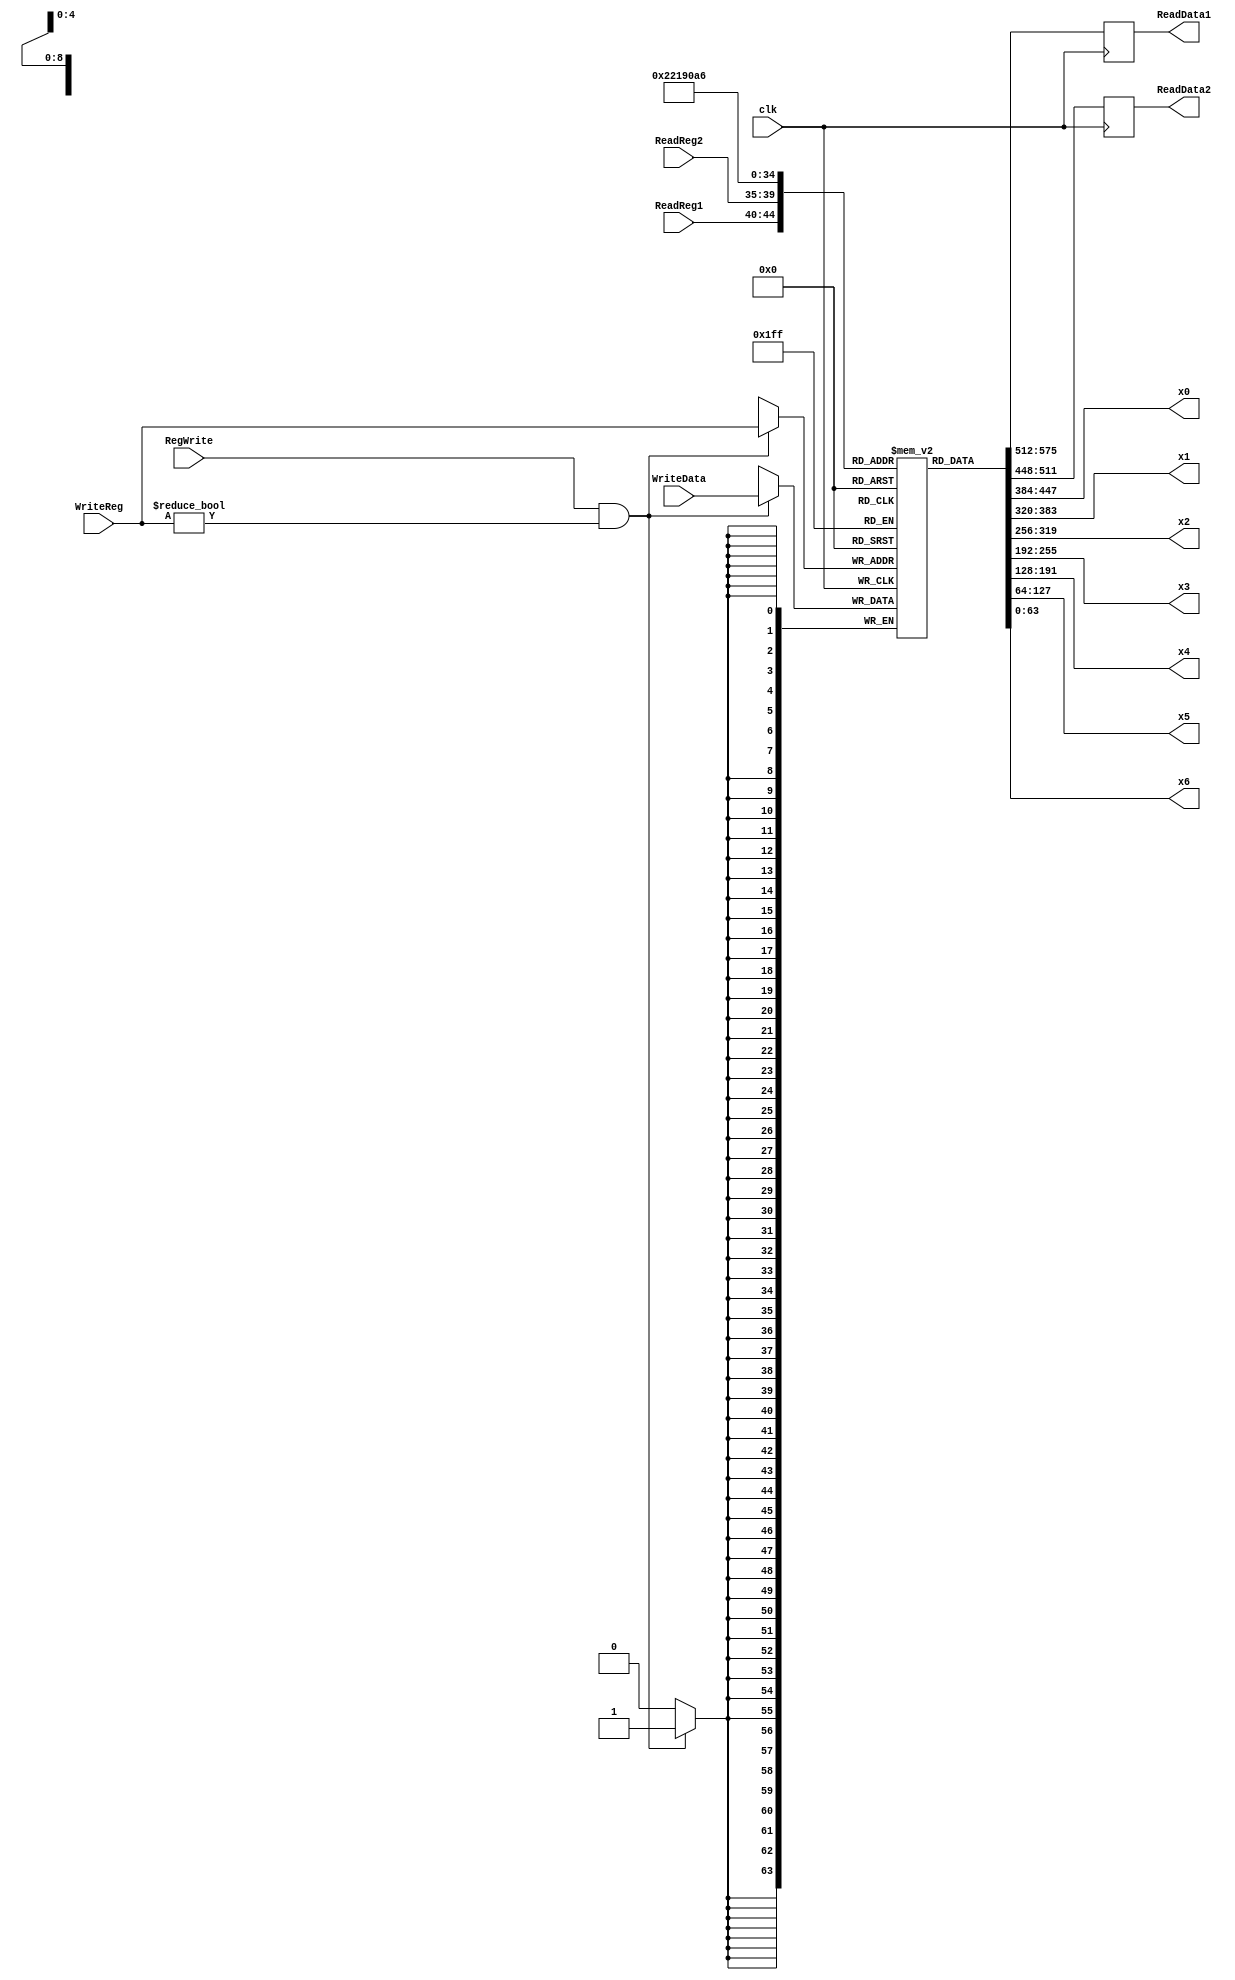
module Registers (
	input             clk      ,
	input             RegWrite ,
	input      [ 4:0] ReadReg1 ,
	input      [ 4:0] ReadReg2 ,
	input      [ 4:0] WriteReg ,
	input      [63:0] WriteData,
	output reg [63:0] ReadData1,
	output reg [63:0] ReadData2,
	output     [63:0] x0       ,
	output     [63:0] x1       ,
	output     [63:0] x2       ,
	output     [63:0] x3       ,
	output     [63:0] x4       ,
	output     [63:0] x5       ,
	output     [63:0] x6
);
	reg [63:0] Register[31:0];
	initial begin
		Register[0] = 64'h0000_0000_0000_0000;
	end
	always @(posedge clk) begin
		if (RegWrite && (WriteReg != 5'b00000)) Register[WriteReg] <= WriteData;
	end
	always @(negedge clk) begin
		ReadData1 <= Register[ReadReg1] ;
		ReadData2 <= Register[ReadReg2];
	end


	assign x0 = Register[0];
	assign x1 = Register[1];
	assign x2 = Register[2];
	assign x3 = Register[3];
	assign x4 = Register[4];
	assign x5 = Register[5];
	assign x6 = Register[6];

endmodule